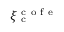
\xi _ { \mathrm { ~ c ~ } } ^ { \mathrm { ~ c ~ o ~ f ~ e ~ } }